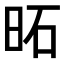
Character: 𪰒